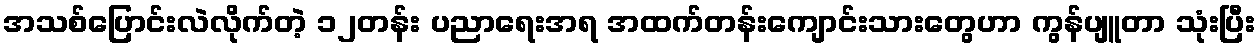
အသစ်ပြောင်းလဲလိုက်တဲ့ ၁၂တန်း ပညာရေးအရ အထက်တန်းကျောင်းသားတွေဟာ ကွန်ပျူတာ သုံးပြီး